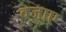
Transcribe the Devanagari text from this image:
वजाए